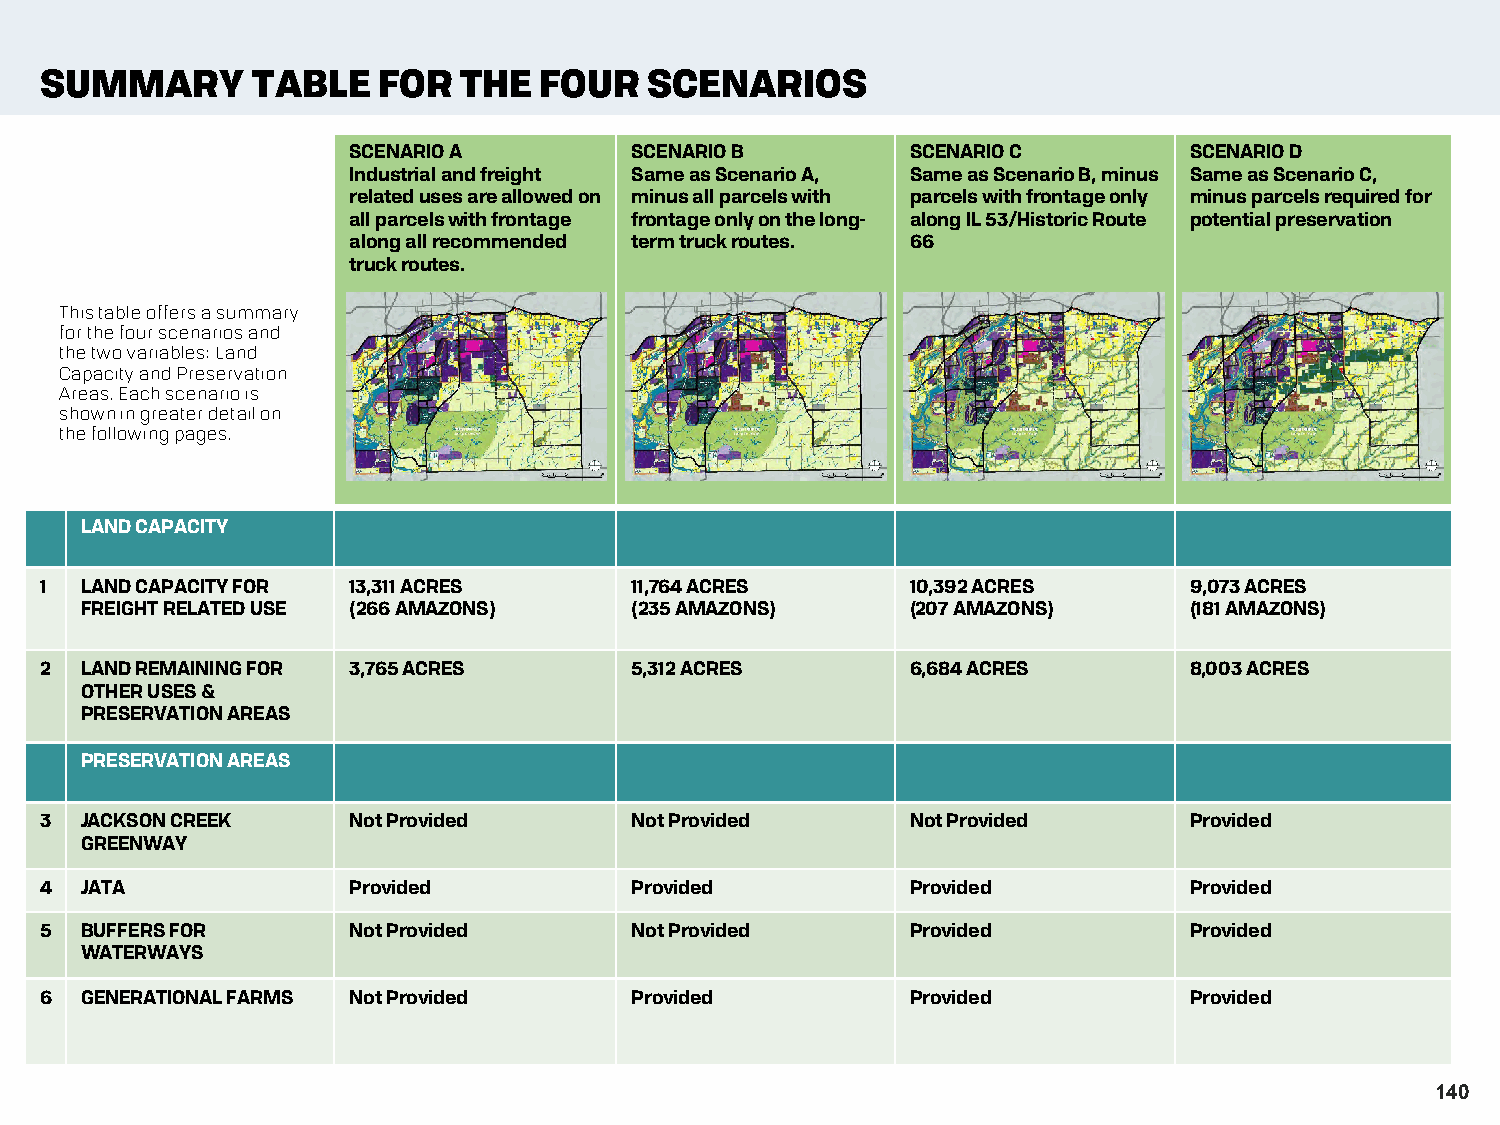
SUMMARY       TABLE   FOR  THE   FOUR   SCENARIOS
 SCENARIO A         SCENARIO B        SCENARIO C         SCENARIO D
 Industrial and freight Same as Scenario A, Same as Scenario B, minus Same as Scenario C,
 related uses are allowed on minus all parcels with parcels with frontage only minus parcels required for
 all parcels with frontage frontage only on the long- along IL 53/Historic Route potential preservation
 along all recommended term truck routes. 66
 truck routes.
 This table offers a summary
 for the four scenarios and
 the two variables: Land
 Capacity and Preservation
 Areas. Each scenario is
 shown in greater detail on
 the following pages.
 LAND CAPACITY
 1 LAND CAPACITY FOR 13,311 ACRES       11,764 ACRES      10,392 ACRES       9,073 ACRES
 FREIGHT RELATED USE (266 AMAZONS)    (235 AMAZONS)     (207 AMAZONS)      (181 AMAZONS)
 2 LAND REMAINING FOR 3,765 ACRES       5,312 ACRES       6,684 ACRES        8,003 ACRES
 OTHER USES &
 PRESERVATION AREAS
 PRESERVATION AREAS
 3 JACKSON CREEK     Not Provided       Not Provided      Not Provided       Provided
 GREENWAY
 4 JATA              Provided           Provided          Provided           Provided
 5 BUFFERS FOR       Not Provided       Not Provided      Provided           Provided
 WATERWAYS
 6 GENERATIONAL FARMS Not Provided      Provided          Provided           Provided
 140